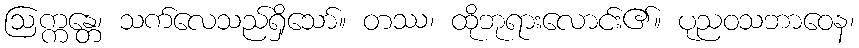
ဩက္ကန္တေ၊ သက်လေသည်ရှိသော်။ တဿ၊ ထိုဘုရားလောင်း၏။ ပုညဝသဘာဝေန၊